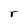
Character: r